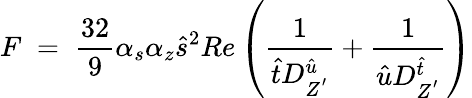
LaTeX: F\; =\; \frac{32}{9}\alpha_{s}\alpha_{z}\hat{s}^{2}Re\left(\frac{1}{\hat{t}D_{Z^{'}}^{\hat{u}}}+\frac{1}{\hat{u}D_{Z^{'}}^{\hat{t}}}\right)